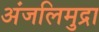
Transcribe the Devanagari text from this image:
अंजलिमुद्रा